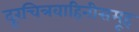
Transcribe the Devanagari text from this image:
दूरचित्रवाहिनीसमूह